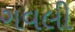
ગવલી